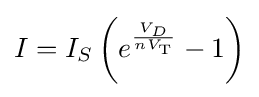
I=I_{S}\left(e^{\frac {V_{D}}{nV_{\text{T}}}}-1\right)